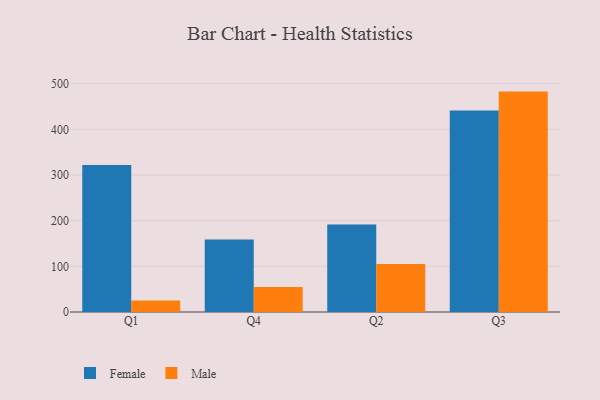
{"axis": {"x": "Quarter", "y": "Conversion Rate (%)"}, "legend": ["Female", "Male"], "data": [{"x": "Q1", "y": 321.8, "type": "Female"}, {"x": "Q1", "y": 25.0, "type": "Male"}, {"x": "Q4", "y": 158.7, "type": "Female"}, {"x": "Q4", "y": 54.7, "type": "Male"}, {"x": "Q2", "y": 191.6, "type": "Female"}, {"x": "Q2", "y": 105.4, "type": "Male"}, {"x": "Q3", "y": 441.5, "type": "Female"}, {"x": "Q3", "y": 482.8, "type": "Male"}]}